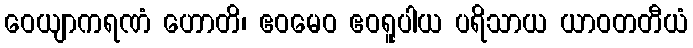
ဝေယျာကရဏံ ဟောတိ၊ ဧဝမေဝ ဧဝရူပါယ ပရိသာယ ယာဝတတီယံ